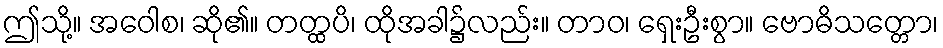
ဤသို့။ အဝေါစ၊ ဆို၏။ တတ္ထပိ၊ ထိုအခါ၌လည်း။ တာဝ၊ ရှေးဦးစွာ။ ဗောဓိသတ္တော၊